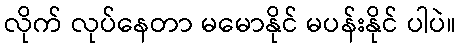
လိုက် လုပ်နေတာ မမောနိုင် မပန်းနိုင် ပါပဲ။